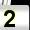
Digit: 2